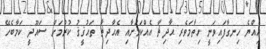
އިއްޔެ ހިނގާފައިވަނީ ހިތާމަވެރި ޙާދިޘާ އެއްކަމަށާއި އެޙާދިޘާ ތަޙުޤީޤު ކުރުމަށް ސައޫދީ ކަމާބެހޭ